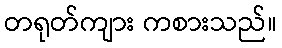
တရုတ်ကျား ကစားသည်။